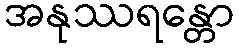
အနုဿရန္တော